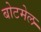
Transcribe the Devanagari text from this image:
बोटमेल